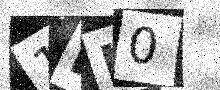
Text: 1RH0